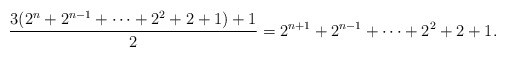
\begin{align*} \frac{3(2^{n}+2^{n-1} + \cdots + 2^2+2+1)+1}{2} = 2^{n+1}+2^{n-1} +\cdots + 2^2+2+1. \end{align*}